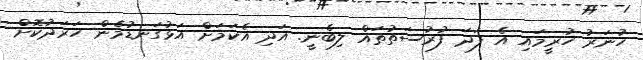
ހުނަރު ހުރީމައި އެ ފަދަ ފުރުސަތުތައް ލިބެނީ. އަދި އެކަމަށް އަޅުގަނޑުމެން ހަރަދުކޮށް